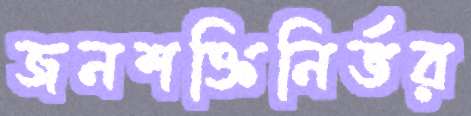
জনশক্তিনির্ভর